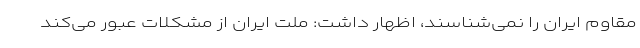
مقاوم ایران را نمی‌شناسند، اظهار داشت: ملت ایران از مشکلات عبور می‌کند